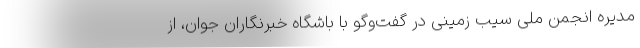
مدیره انجمن ملی سیب زمینی در گفت‌وگو با باشگاه خبرنگاران جوان، از